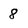
Character: 8